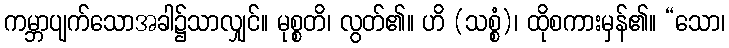
ကမ္ဘာပျက်သောအခါ၌သာလျှင်။ မုစ္စတိ၊ လွတ်၏။ ဟိ (သစ္စံ)၊ ထိုစကားမှန်၏။ “သော၊